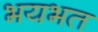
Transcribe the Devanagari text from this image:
भयभत